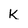
Character: k